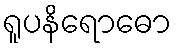
ရူပနိရောဓော